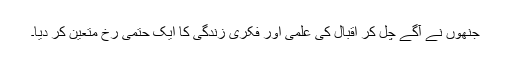
جنھوں نے آگے چل کر اقبال کی علمی اور فکری زندگی کا ایک حتمی رُخ متعین کر دیا۔